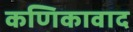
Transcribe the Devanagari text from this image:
कणिकावाद